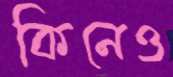
কিনেও